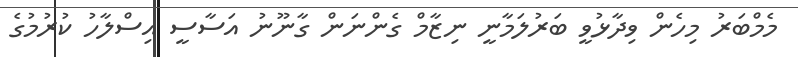
މެމްބަރު މިހެން ވިދާޅުވީ ބަރުލަމާނީ ނިޒާމް ގެންނަން ގާނޫނު އަސާސީ އިސްލާހު ކުރުމުގެ